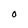
Character: 0